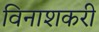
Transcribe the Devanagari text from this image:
विनाशकरी